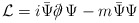
\begin{align*}{\cal L} = i \bar{\Psi} \partial \!\!\!/\, \Psi - m \bar{\Psi} \Psi\end{align*}